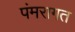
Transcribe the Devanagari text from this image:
पंमरागत